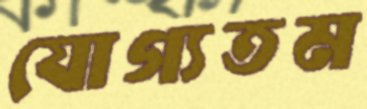
যোগ্যতম